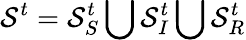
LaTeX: \mathcal{S}^{t}=\mathcal{S}_{S}^{t}\bigcup\mathcal{S}_{I}^{t}\bigcup\mathcal{S}_{R}^{t}